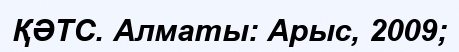
ҚӘТС. Алматы: Арыс, 2009;